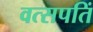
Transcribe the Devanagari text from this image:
वत्सपतिं